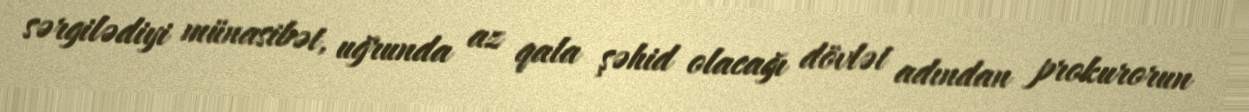
sərgilədiyi münasibət, uğrunda az qala şəhid olacağı dövlət adından prokurorun